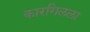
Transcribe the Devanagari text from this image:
कारगिलला